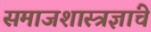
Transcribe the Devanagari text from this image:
समाजशास्त्रज्ञांचे